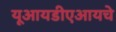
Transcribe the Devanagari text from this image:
यूआयडीएआयचे